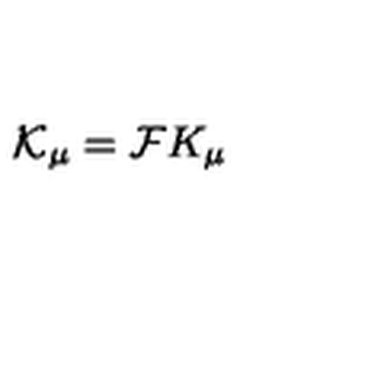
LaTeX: { \cal K } _ { \mu } = { \cal F } K _ { \mu }